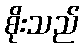
စိုးသည်